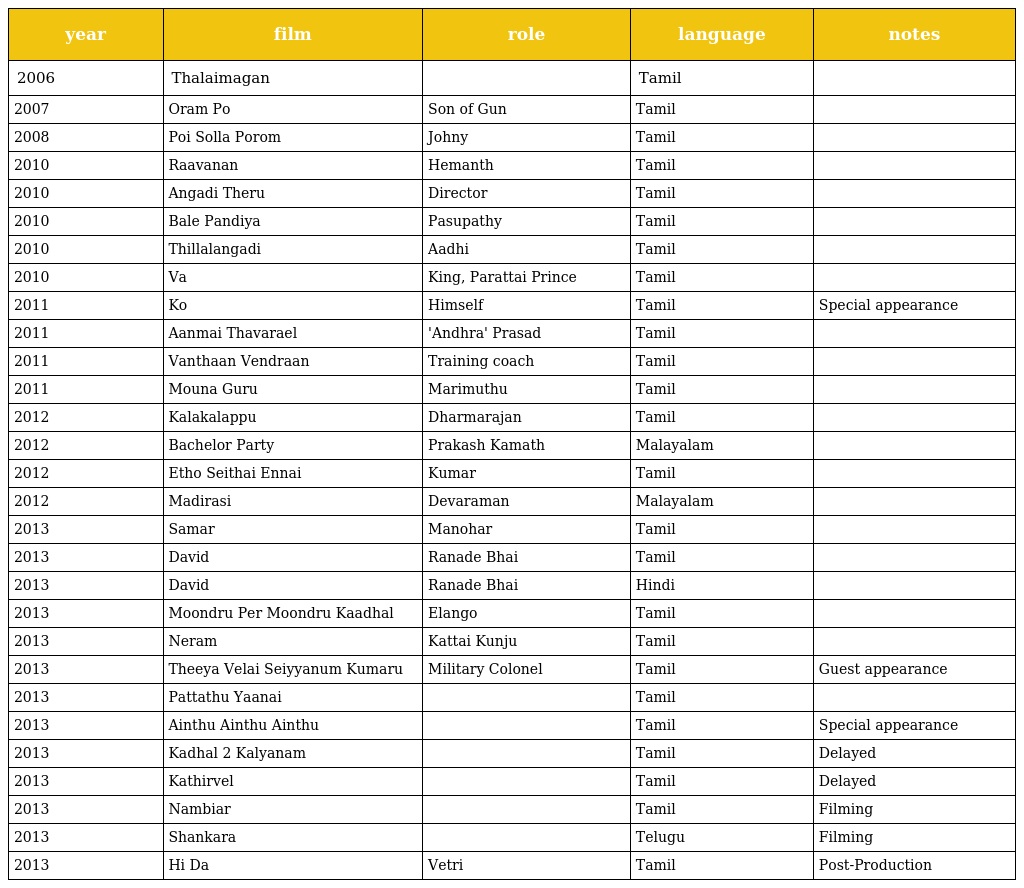
| year | film | role | language | notes |
 | --- | --- | --- | --- | --- |
 | 2006 | Thalaimagan |  | Tamil |  |
 | 2007 | Oram Po | Son of Gun | Tamil |  |
 | 2008 | Poi Solla Porom | Johny | Tamil |  |
 | 2010 | Raavanan | Hemanth | Tamil |  |
 | 2010 | Angadi Theru | Director | Tamil |  |
 | 2010 | Bale Pandiya | Pasupathy | Tamil |  |
 | 2010 | Thillalangadi | Aadhi | Tamil |  |
 | 2010 | Va | King, Parattai Prince | Tamil |  |
 | 2011 | Ko | Himself | Tamil | Special appearance |
 | 2011 | Aanmai Thavarael | 'Andhra' Prasad | Tamil |  |
 | 2011 | Vanthaan Vendraan | Training coach | Tamil |  |
 | 2011 | Mouna Guru | Marimuthu | Tamil |  |
 | 2012 | Kalakalappu | Dharmarajan | Tamil |  |
 | 2012 | Bachelor Party | Prakash Kamath | Malayalam |  |
 | 2012 | Etho Seithai Ennai | Kumar | Tamil |  |
 | 2012 | Madirasi | Devaraman | Malayalam |  |
 | 2013 | Samar | Manohar | Tamil |  |
 | 2013 | David | Ranade Bhai | Tamil |  |
 | 2013 | David | Ranade Bhai | Hindi |  |
 | 2013 | Moondru Per Moondru Kaadhal | Elango | Tamil |  |
 | 2013 | Neram | Kattai Kunju | Tamil |  |
 | 2013 | Theeya Velai Seiyyanum Kumaru | Military Colonel | Tamil | Guest appearance |
 | 2013 | Pattathu Yaanai |  | Tamil |  |
 | 2013 | Ainthu Ainthu Ainthu |  | Tamil | Special appearance |
 | 2013 | Kadhal 2 Kalyanam |  | Tamil | Delayed |
 | 2013 | Kathirvel |  | Tamil | Delayed |
 | 2013 | Nambiar |  | Tamil | Filming |
 | 2013 | Shankara |  | Telugu | Filming |
 | 2013 | Hi Da | Vetri | Tamil | Post-Production |